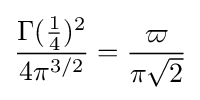
{\frac {\Gamma ({\tfrac {1}{4}})^{2}}{4\pi ^{3/2}}}={\frac {\varpi }{\pi {\sqrt {2}}}}